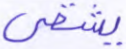
يشقى